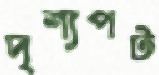
দৃশ্যপট